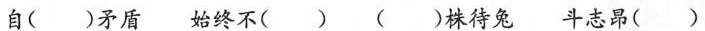
自()矛盾 始终不() ()株待兔 斗志昂()